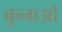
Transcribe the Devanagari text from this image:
कुनाओ